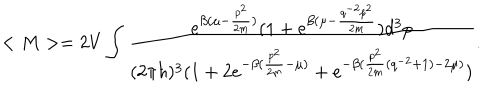
LaTeX: < M > = 2 V \int _ { } ^ { } \frac { e ^ { \beta ( \mu - \frac { p ^ { 2 } } { 2 m } ) } ( 1 + e ^ { \beta ( \mu - \frac { q ^ { - 2 } p ^ { 2 } } { 2 m } } ) d ^ { 3 } p } { ( 2 \pi \hbar ) ^ { 3 } ( 1 + 2 e ^ { - \beta ( \frac { p ^ { 2 } } { 2 m } - \mu ) } + e ^ { - \beta ( \frac { p ^ { 2 } } { 2 m } ( q ^ { - 2 } + 1 ) - 2 \mu ) } ) } .